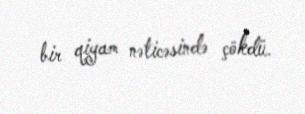
bir qiyam nəticəsində çökdü.